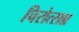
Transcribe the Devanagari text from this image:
चिरोत्सन्न